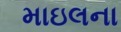
માઇલના